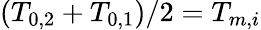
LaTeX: (T_{0,2}+T_{0,1})/2=T_{m,i}